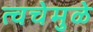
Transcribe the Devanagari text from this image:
त्वचेमुळे